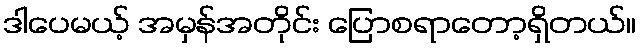
ဒါပေမယ့် အမှန်အတိုင်း ပြောစရာတော့ရှိတယ်။